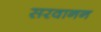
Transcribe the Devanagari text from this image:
सरवानन